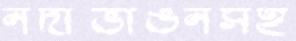
নদীভাঙনসহ